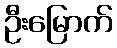
ဦးမြောက်